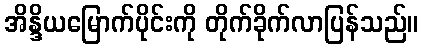
အိန္ဒိယမြောက်ပိုင်းကို တိုက်ခိုက်လာပြန်သည်။